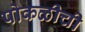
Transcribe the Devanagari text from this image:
पोकळीची